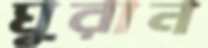
ঘুরান